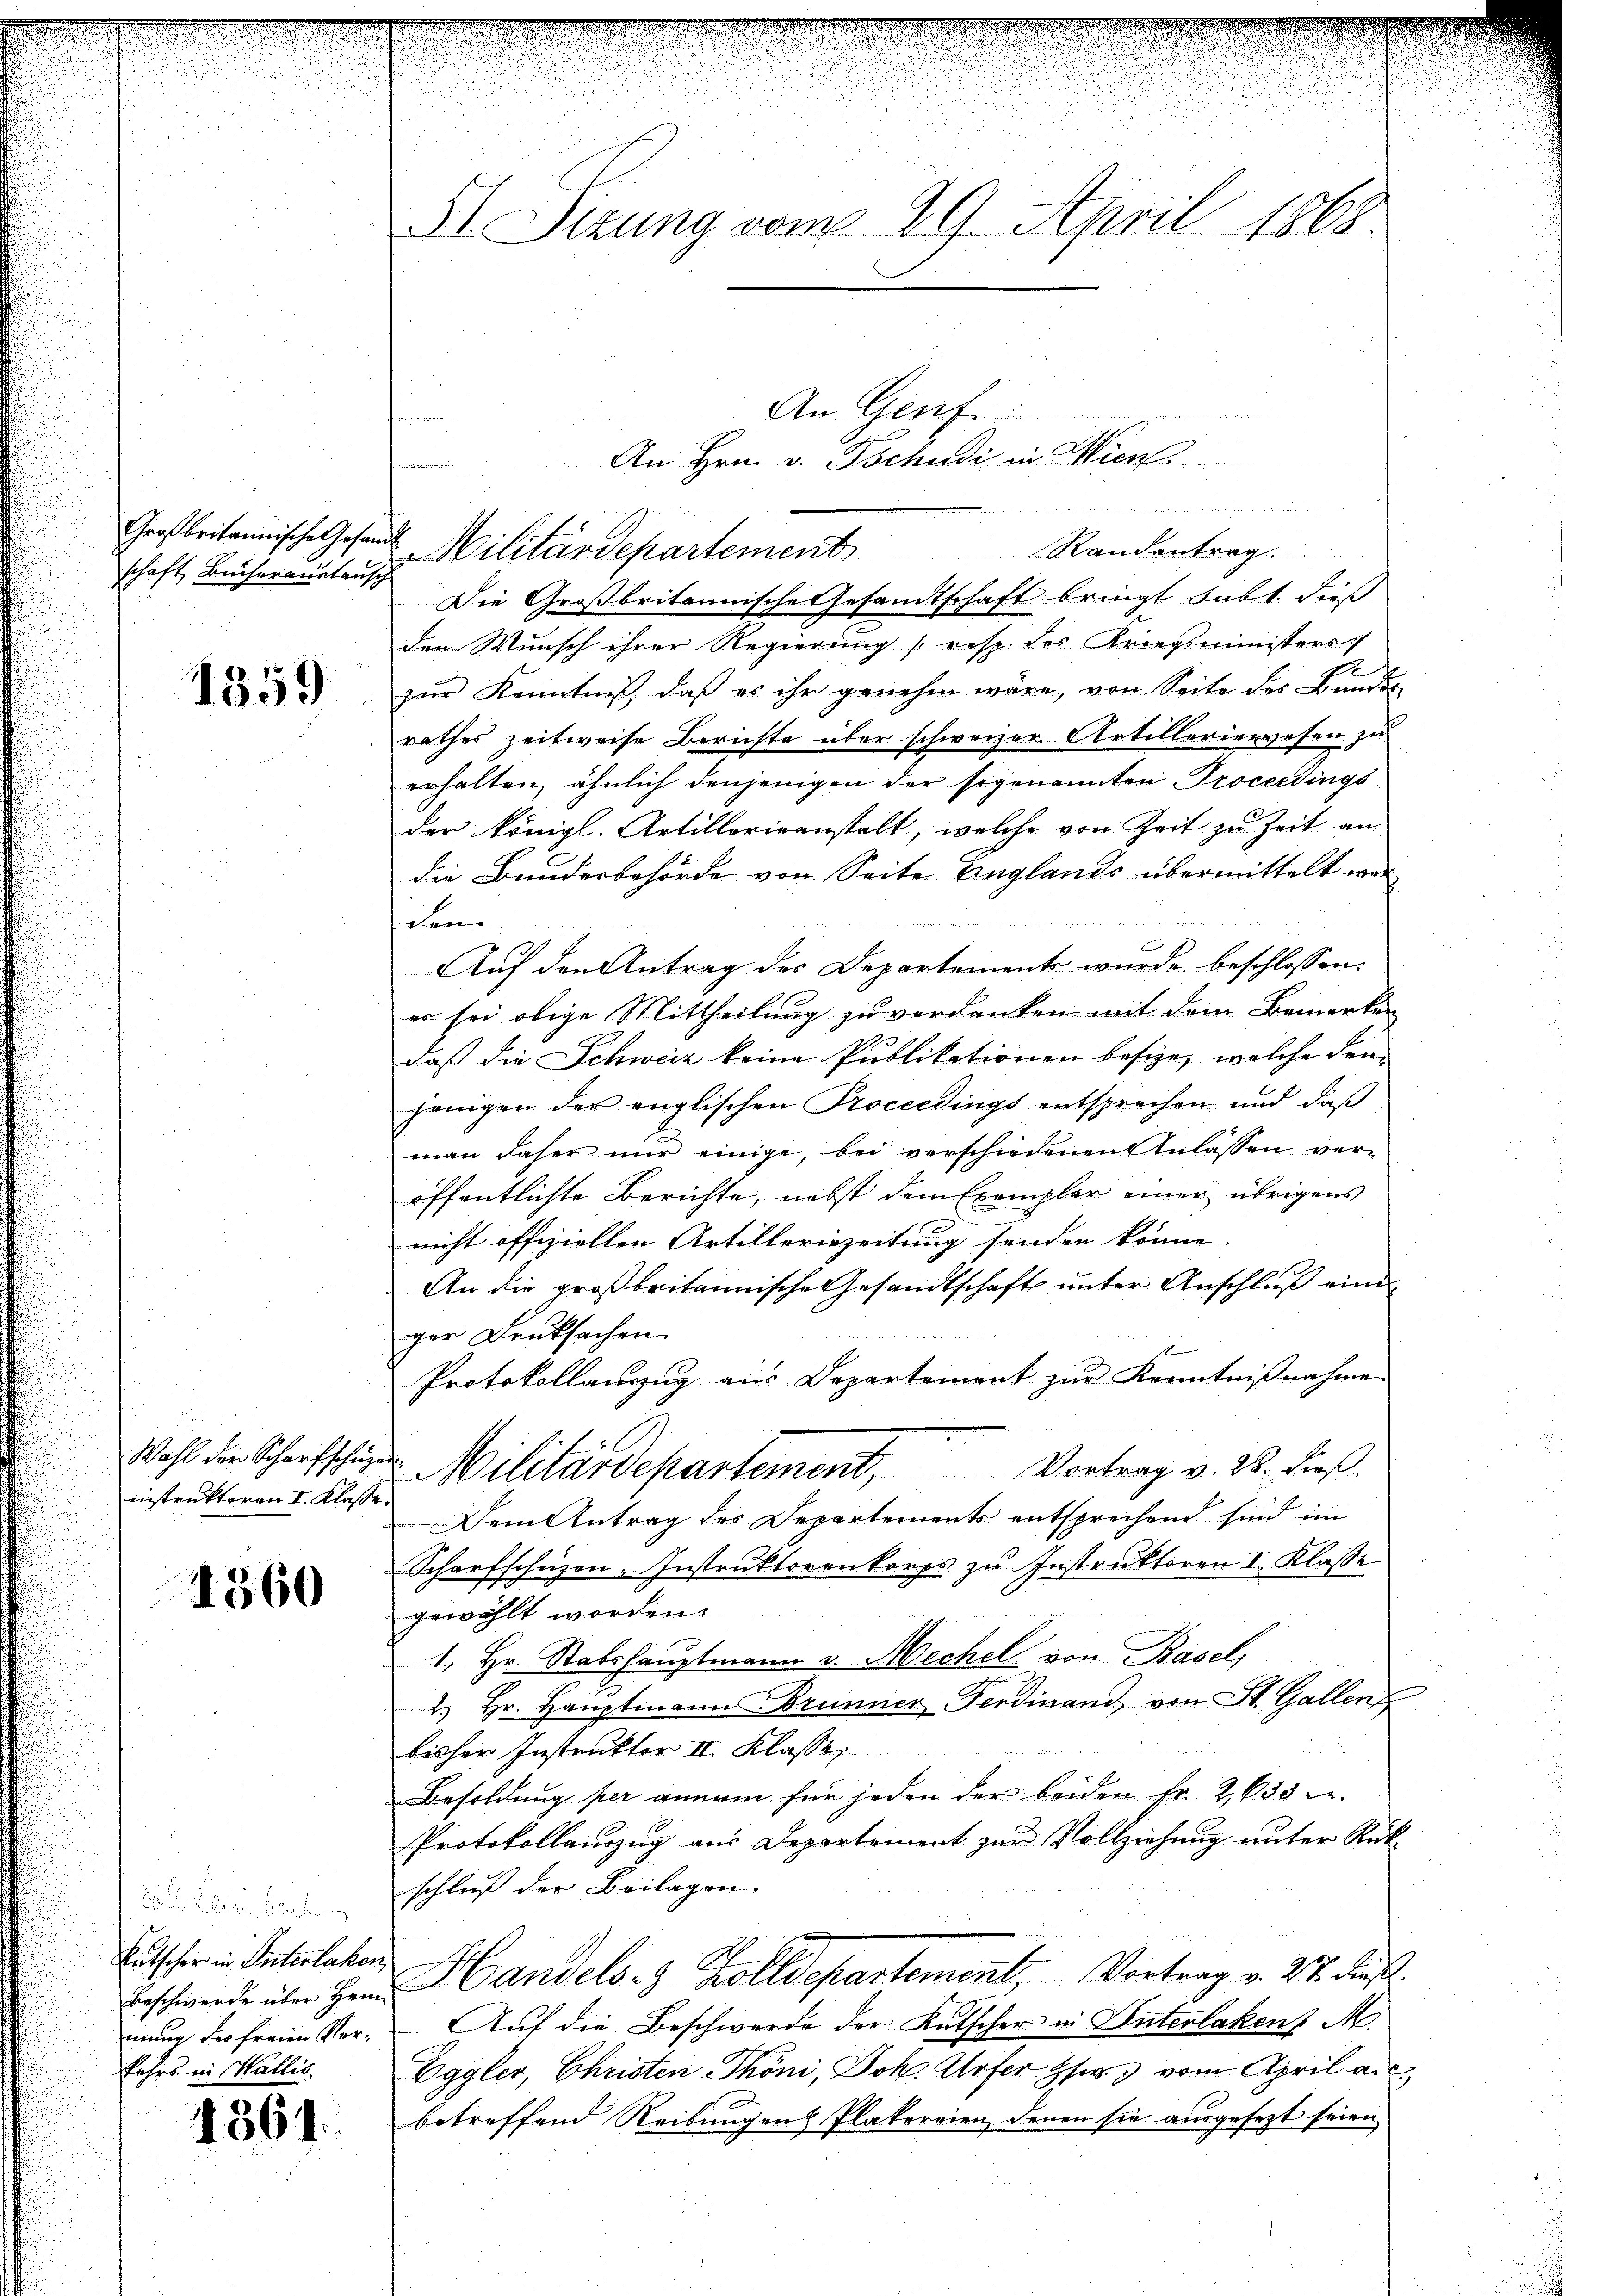
Großbritannische Gesan
schaft, Bücheraustausch

1359

Wahl der Scharfschuz
instruktoren I. Klasse

1560

Entscher in Interlaken,
innung der freien Verkehrs in Wallis.

4361.

St. Sizung vom 29. April 1863.

den Wunsch ihrer Regierung (resp. der Kriegsministers
E
zŭr Kenntniβ, daβ es ihr genehm wäre, von Seite des Bundes
rathes zeitweise Berichte über schweizer. Artilleriewesen zu
erhalten, ähnlich denjenigen der sogenannten Proceedings
der königl. Artillerieanstalt, welche von Zeit zu Zeit an
die Bundesbehörde von Seite Englands übermittelt war
hilen
Auf den Antrag des Departement wurde beschlossen:
er sei obige Mittheilung zu verdanken mit dem Bemerke
daß die Schweiz keine Publikationen besize, welche den
jenigen der englischen Proceedings entsprechen und daß
man daher nur einige, bei verschiedenen Anlassen veröffentlichte Berichte, nebst dem Exemplar einer übrigens
nicht offiziellen Artillerienzeitung senden könne.
An die großbritannische Gesandtschaft unter Anschluß eine
ger Deutsachen.
Protokollauszug aus Departement zur Kenntnißnahme
 Militärdepartement, Vortrag v. 26. dieß.
Dem Antrag des Departements entsprechend sind im
Scharfschüzen-Instruktorenkorps zu Instruktoren I. Klasse
gewählt worden.
1. Hr. Stabshauptmann v. Mechel von Basel,
2.) Hr. Haŭptmann Brunner Ferdinand von St. Gallenz
bisher Instruktor II. Klasse
Besoldung per annam für jeden der beiden Fr. 2, 635 f.
Protokollauszug aus Departement zur Vollziehung unter Rück-
schluß der Beilagen.
Beschwerde über Herr Handels- & Zolldepartement, Vortrag v. 27. dieß.
Auf die Beschwerde der Kutscher in Unterlaken M.
Eggler, Christen Thöni, Joh. Urfer Ehe vom April an
betreffend Reibungen Platereien, denen sie ausgesezt seien

An Genf
.
An Hrn. v. Tschudi in Wien
elen der war es neuen u ein
 Militärdepartement Randantrag.
Die Großbritannische Gesandtschaft bringt subt. Dieß